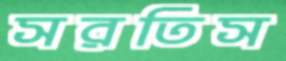
সরতিস